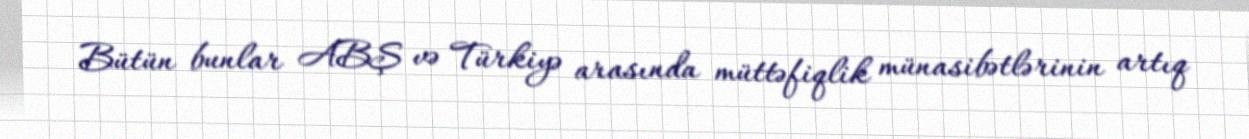
Bütün bunlar ABŞ və Türkiyə arasında müttəfiqlik münasibətlərinin artıq